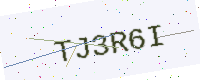
Text: TJ3R6I